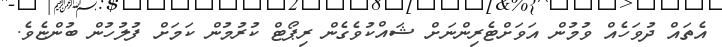
އެތައް ދުވަހެއް ވުމުން އަވަށްޓެރިންނަށް ޝައްކުވެގެން ރިޕޯޓް ކުރުމުން ކަމަށް ފުލުހުން ބުންޏެވެ.